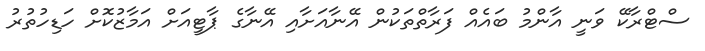
ސްޓްރާކޭ ވަނީ އާންމު ބައެއް ފަރާތްތަކުން އޭނާއަށާއި އޭނާގެ ޕާޓީއަށް އަމާޒުކޮށް ހަޑިހުތުރު